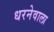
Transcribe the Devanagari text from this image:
धरनेवाला